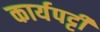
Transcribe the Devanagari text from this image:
कार्यपट्टी